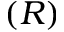
( R )